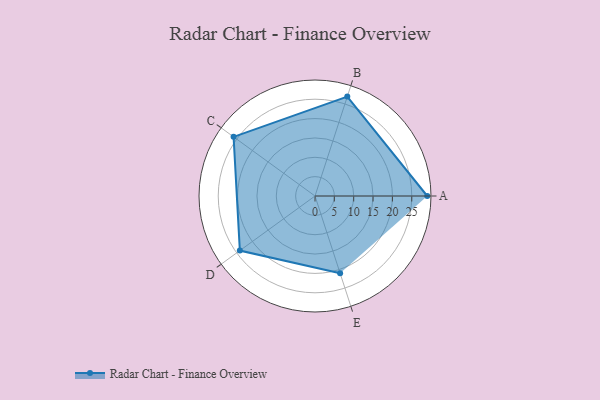
{"axis": {"x": "Skill", "y": "Score"}, "legend": ["Profile"], "data": [{"x": "A", "y": 29.0, "type": "Profile"}, {"x": "B", "y": 27.0, "type": "Profile"}, {"x": "C", "y": 26.0, "type": "Profile"}, {"x": "D", "y": 24.0, "type": "Profile"}, {"x": "E", "y": 21.0, "type": "Profile"}]}